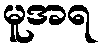
မူအရ